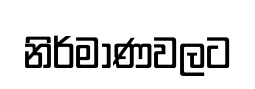
නිර්මාණවලට